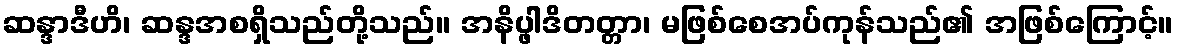
ဆန္ဒာဒီဟိ၊ ဆန္ဒအစရှိသည်တို့သည်။ အနိပ္ဖါဒိတတ္တာ၊ မဖြစ်စေအပ်ကုန်သည်၏ အဖြစ်ကြောင့်။